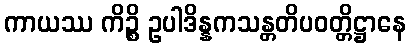
ကာယဿ ကိဉ္စိ ဥပါဒိန္နကသန္တတိပဝတ္တိဋ္ဌာနေ